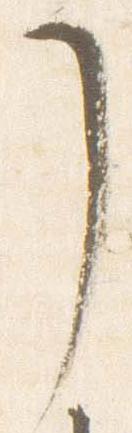
了